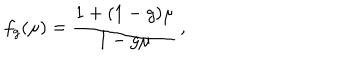
LaTeX: f _ { g } ( \mu ) = \frac { 1 + ( 1 - g ) \mu } { 1 - g \mu } \, ,